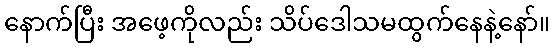
နောက်ပြီး အဖေ့ကိုလည်း သိပ်ဒေါသမထွက်နေနဲ့နော်။